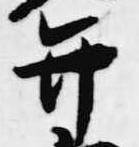
弁